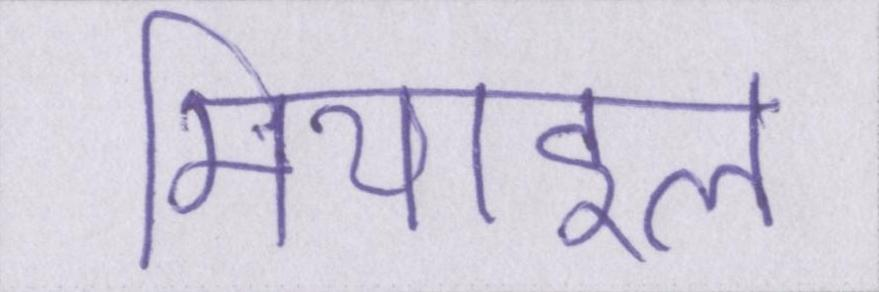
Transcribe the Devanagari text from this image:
मिथाइल